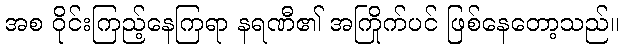
အစ ဝိုင်းကြည့်နေကြရာ နရဏီ၏ အကြိုက်ပင် ဖြစ်နေတော့သည်။